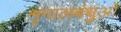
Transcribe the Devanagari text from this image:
शृगालबंधुओं